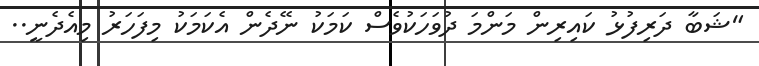
"ޝަބާ ދަރިފުޅު ކައިރިން މަންމަ ދުވަހަކުވެސް ކަމަކު ނޭދެން އެކަމަކު މިފަހަރު މިއެދެނީ..